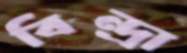
বিন্দ্রা